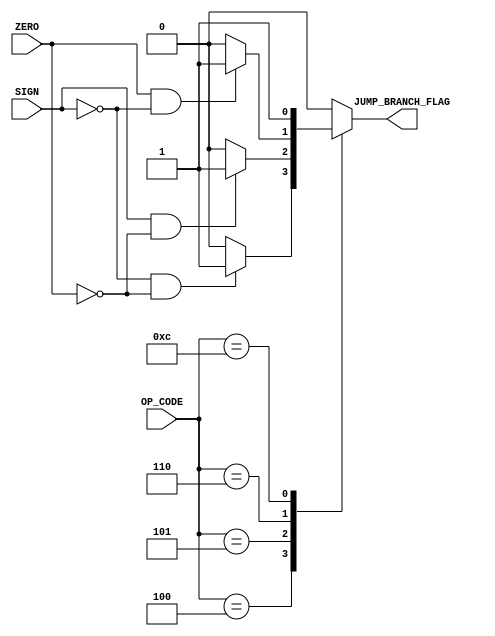
module JUMP_BRANCH_UNIT
#(parameter OPSIZE = 4)
(
input [OPSIZE - 1 : 0] OP_CODE,
input ZERO, SIGN,
output reg JUMP_BRANCH_FLAG
);


/* This program has error. 
 *
 */
always@(*)
	case(OP_CODE)
	//BLT
	4'b0100:
	begin 
	if(SIGN ==  1'b0 && ZERO == 1'b0)
		JUMP_BRANCH_FLAG = 1'b1;
	else 
		JUMP_BRANCH_FLAG = 1'b0;

	end 
	//BGT	
	4'b0101:
	if(SIGN == 1'b1 && ZERO == 1'b0)
		JUMP_BRANCH_FLAG = 1'b1;
	else 
		JUMP_BRANCH_FLAG = 1'b0;

	//BEQ
	4'b0110:
	if(ZERO == 1'b1 && SIGN == 1'b0)
		JUMP_BRANCH_FLAG = 1'b1;
	else 
		JUMP_BRANCH_FLAG = 1'b0;

	//JUMP
	4'b1100:
		JUMP_BRANCH_FLAG = 1'b1;
	
	default:
		JUMP_BRANCH_FLAG = 1'b0;
	endcase

endmodule